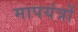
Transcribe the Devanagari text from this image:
मापयंत्रों